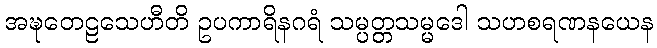
အဍ္ဎတေဠသေဟီတိ ဥပကာရိနဂရံ သမ္ပတ္တသမ္မဒေါ သဟစရဏနယေန